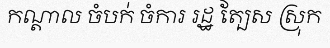
កណ្តាល ចំបក់ ចំការ រដ្ឋ ត្បែស ស្រុក